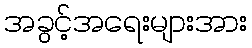
အခွင့်အရေးများအား